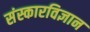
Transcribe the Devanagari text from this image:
संस्कारविज्ञान